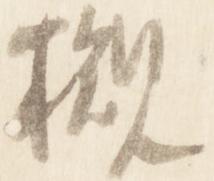
槻